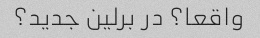
واقعا؟ در برلین جدید؟